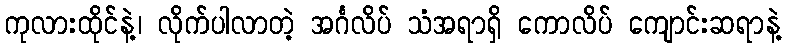
ကုလားထိုင်နဲ့၊ လိုက်ပါလာတဲ့ အင်္ဂလိပ် သံအရာရှိ ကောလိပ် ကျောင်းဆရာနဲ့